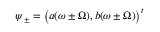
\boldsymbol { \psi } _ { \pm } = \bigl ( a ( \omega \pm \Omega ) , b ( \omega \pm \Omega ) \bigr ) ^ { t }